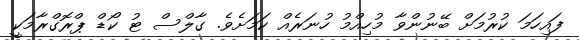
ފައިހަމަ ކުރުމަށް ބޭނުންވާ މުހިއްމު ހުނަރެއް ކަމަށެވެ. ގާލްސް ޓު ކޯޑް ޕްރޮގްރާމަކީ